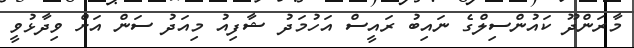
މާރަންދޫ ކައުންސިލްގެ ނައިބު ރައީސް އަހުމަދު ޝާފިއު މިއަދު ސަން އަށް ވިދާޅުވީ